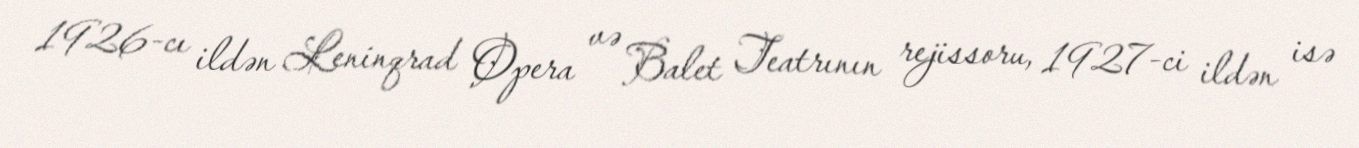
1926-cı ildən Leninqrad Opera və Balet Teatrının rejissoru, 1927-ci ildən isə